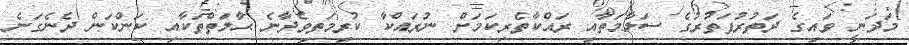
މަދަނީ ވައިގެ ދަތުރުފަތުރުގެ ސަލާމަތާއި ރައްކާތެރިކަމަށް ނުރައްކާ ކުރިމަތިވެދާނެ ޙާލަތްތަކާއި ކަންކަން ދެނެގަނެ